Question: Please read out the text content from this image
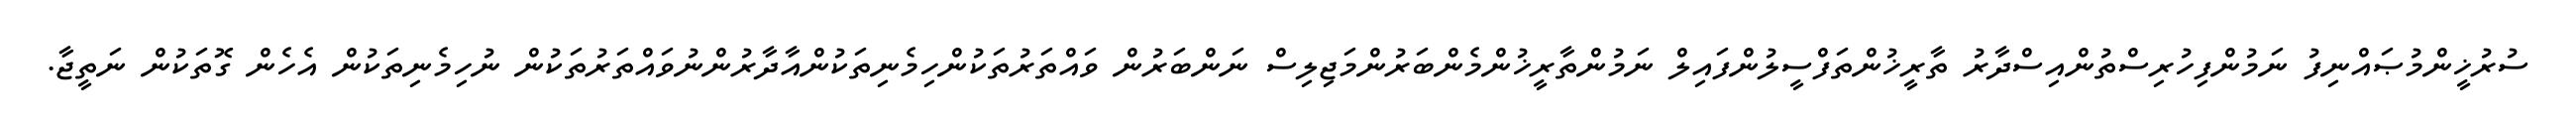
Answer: ސުރުޚީންމުޞައްނިފު ނަމުންފިހުރިސްތުންއިސްދާރު ތާރީޚުންތަފްސީލުންފައިލް ނަމުންތާރީޚުންމެންބަރުންމަޖިލިސް ނަންބަރުން ވައްތަރުތަކުންހިމެނިތަކުންއާދާރުންނުވައްތަރުތަކުން ނުހިމެނިތަކުން އެހެން ގޮތަކުން ނަތީޖާ.